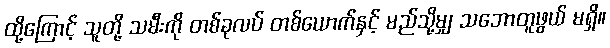
ထို့ကြောင့် သူတို့ သမီးကို တစ်ခုလပ် တစ်ယောက်နှင့် မည်သို့မျှ သဘောတူဖွယ် မရှိ။